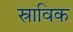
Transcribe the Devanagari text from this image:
स्राविक